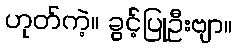
ဟုတ်ကဲ့။ ခွင့်ပြုဦးဗျာ။